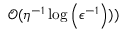
\mathcal { O } ( \eta ^ { - 1 } \log \left( \epsilon ^ { - 1 } \right) ) )